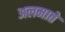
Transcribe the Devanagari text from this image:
अलमाते